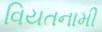
વિયતનામી